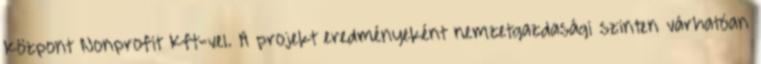
Központ Nonprofit Kft-vel. A projekt eredményeként nemzetgazdasági szinten várhatóan